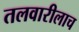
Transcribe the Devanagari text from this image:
तलवारीलाच